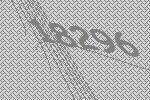
18296